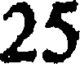
25